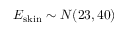
E _ { \mathrm { s k i n } } \sim N ( 2 3 , 4 0 )